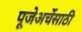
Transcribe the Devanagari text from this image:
पूजेअर्चेसाठी